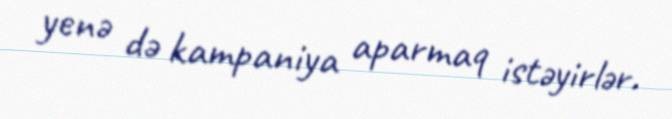
yenə də kampaniya aparmaq istəyirlər.